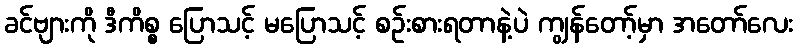
ခင်ဗျားကို ဒီကိစ္စ ပြောသင့် မပြောသင့် စဉ်းစားရတာနဲ့ပဲ ကျွန်တော့်မှာ အတော်လေး